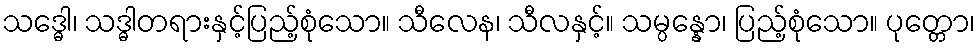
သဒ္ဓေါ၊ သဒ္ဓါတရားနှင့်ပြည့်စုံသော။ သီလေန၊ သီလနှင့်။ သမ္ပန္နော၊ ပြည့်စုံသော။ ပုတ္တော၊